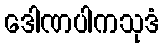
ဒေါဏပါကသုဒံ